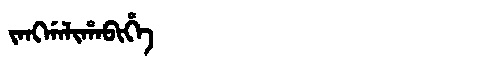
Manchu: ᠵᠠᠩᡤᠠᠯᡳᡥᠠᠪᡳᡥᡝ
Romanization: JANGGALIHABIHE